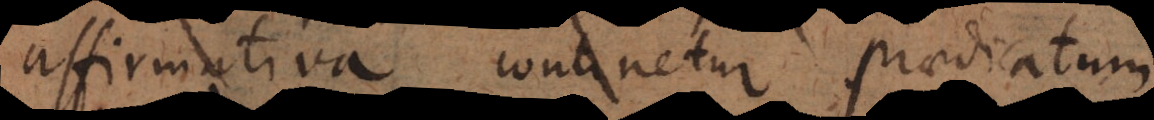
affirmativa continetur praedicatum